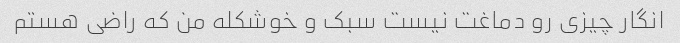
انگار چیزی رو دماغت نیست سبک و خوشکله من که راضی هستم